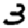
Digit: 3